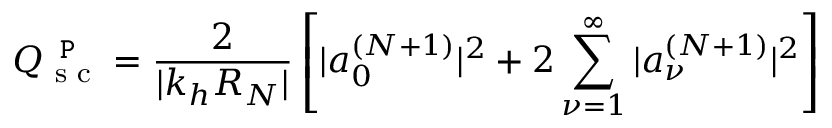
Q _ { \textrm { s c } } ^ { \texttt { P } } = \frac { 2 } { | k _ { h } R _ { N } | } \left[ | a _ { 0 } ^ { ( N + 1 ) } | ^ { 2 } + 2 \sum _ { \nu = 1 } ^ { \infty } | a _ { \nu } ^ { ( N + 1 ) } | ^ { 2 } \right]